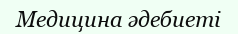
Медицина әдебиеті